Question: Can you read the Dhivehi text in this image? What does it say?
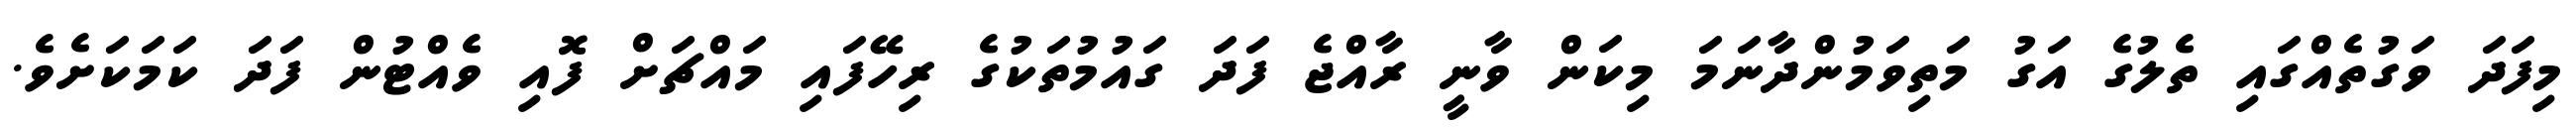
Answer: މިފަދަ ވަގުތެއްގައި ތެލުގެ އަގު މަތިވަމުންދާނަމަ މިކަން ވާނީ ރާއްޖެ ފަދަ ގައުމުތަކުގެ ރިހޭފައި މައްޗަށް ފޮއި ވެއްޓުން ފަދަ ކަމަކަށެވެ.